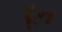
દૂન